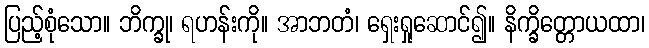
ပြည့်စုံသော။ ဘိက္ခု၊ ရဟန်းကို။ အာဘတံ၊ ရှေးရှုဆောင်၍။ နိက္ခိတ္တောယထာ၊